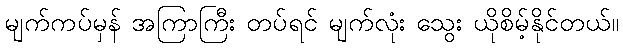
မျက်ကပ်မှန် အကြာကြီး တပ်ရင် မျက်လုံး သွေး ယိုစိမ့်နိုင်တယ်။